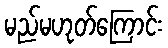
မည်မဟုတ်ကြောင်း